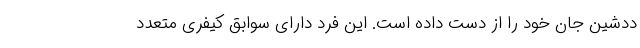
ددشین جان خود را از دست داده است. این فرد دارای سوابق کیفری متعدد